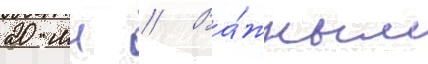
20 мн // Ва́жным